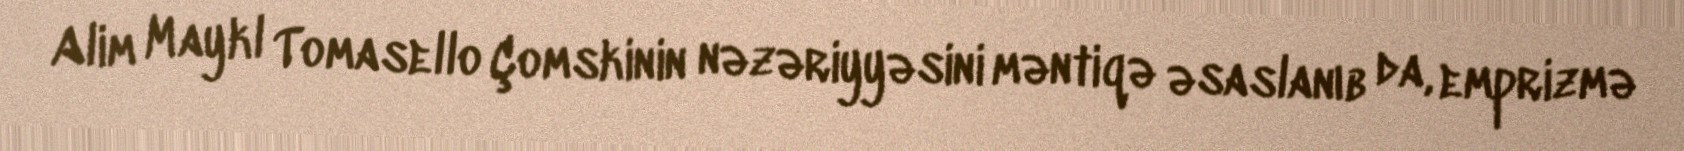
Alim Maykl Tomasello Çomskinin nəzəriyyəsini məntiqə əsaslanıb da, emprizmə